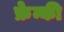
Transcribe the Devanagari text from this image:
फ्रेन्की